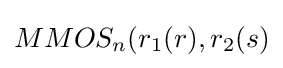
MMOS_{n}(r_{1}(r),r_{2}(s)